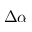
\Delta \alpha